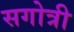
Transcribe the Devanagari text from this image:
सगोत्री